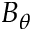
B _ { \theta }